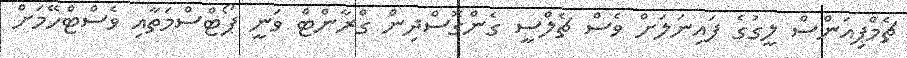
ޗެމްޕިއަންސް ލީގުގެ ފައިނަލަށް ވެސް ޗެލްސީ ގެންގޮސްދިން ގްރާންޓް ވަނީ ޕޯޓްސްމަތާއި ވެސްޓްހޭމަށް